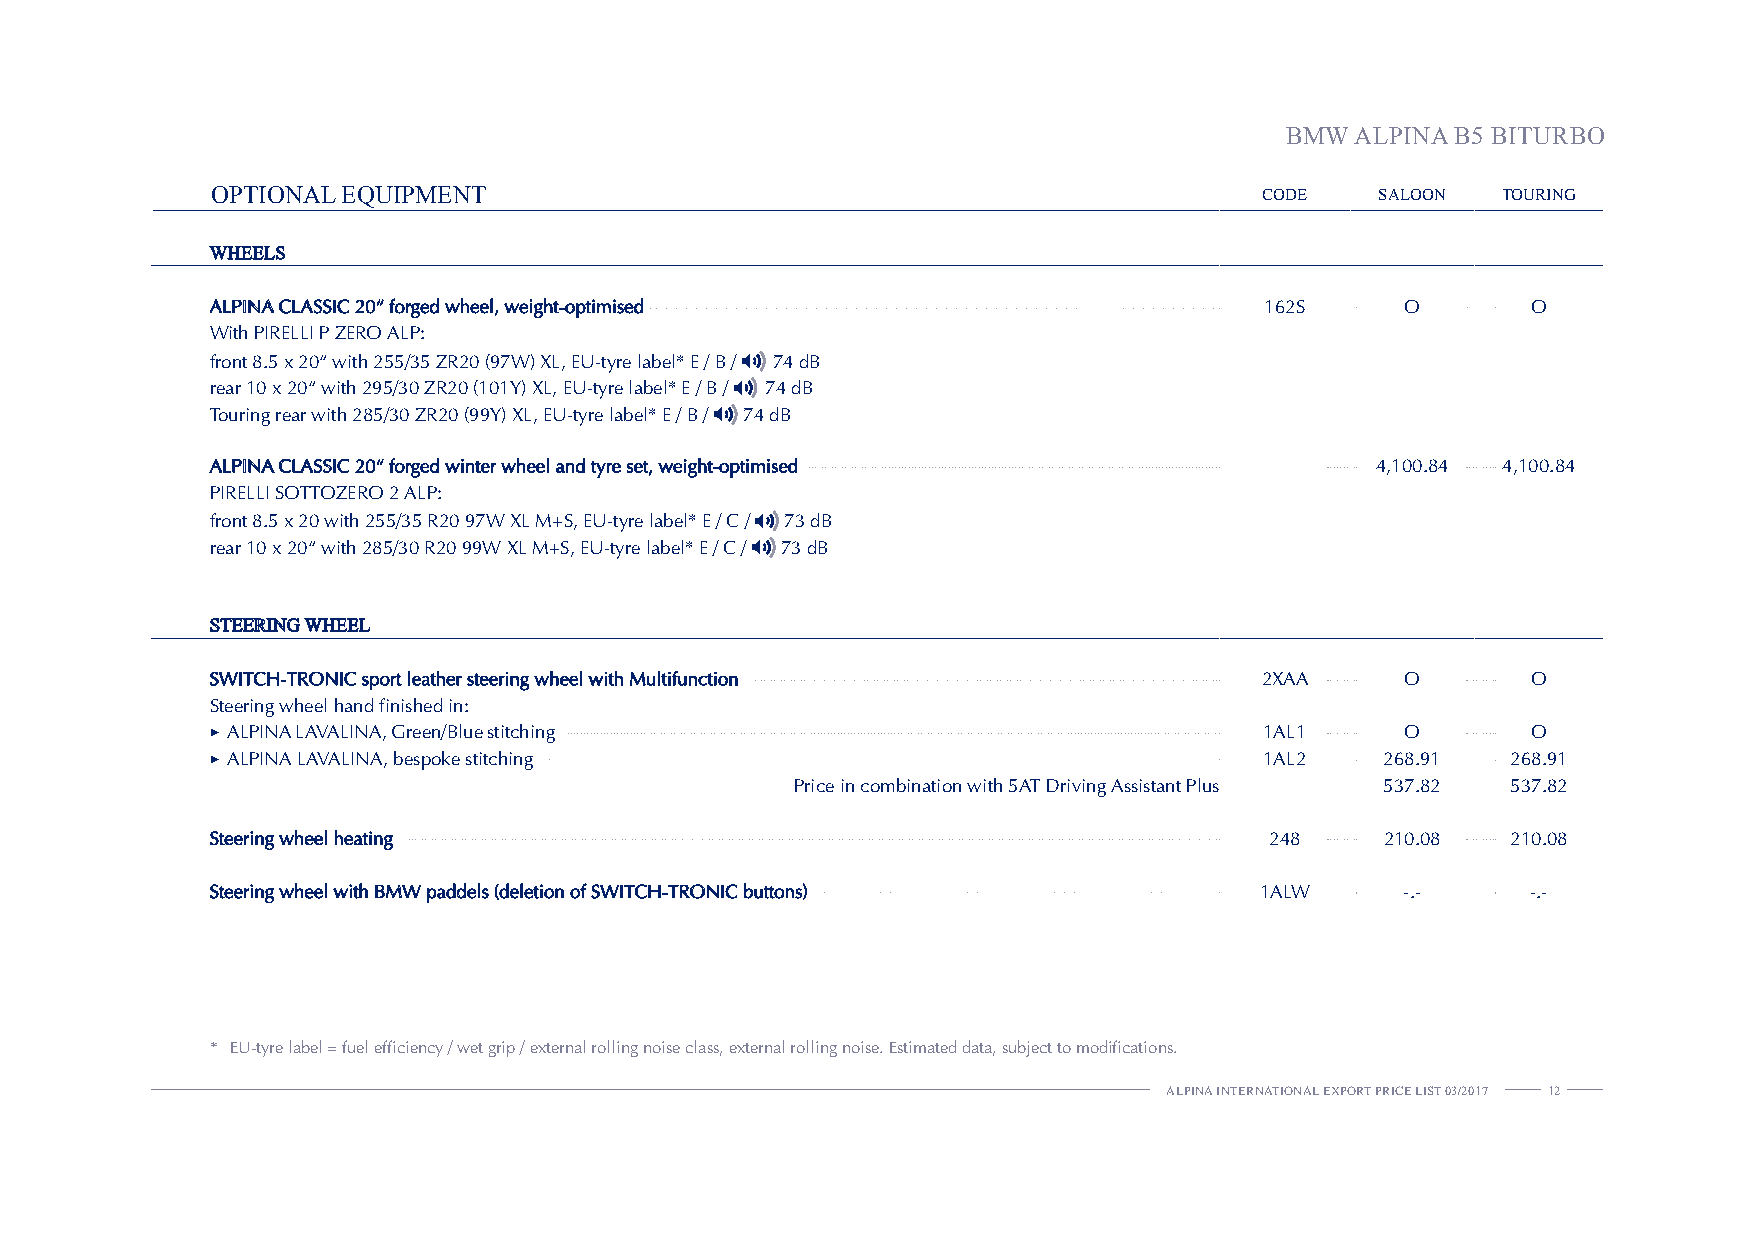
BMW  ALPINA B5 BITURBO
 OPTIONAL EQUIPMENT                                                    CODE   SALOON  TOURING
 WHEELS
 ALPINA CLASSIC 20“ forged wheel, weight-optimised                     162S     O       O
 With PIRELLI P ZERO ALP:
 front 8.5 x 20“ with 255/35 ZR20 (97W) XL, EU-tyre label* E / B / 74 dB
 rear 10 x 20“ with 295/30 ZR20 (101Y) XL, EU-tyre label* E / B / 74 dB
 Touring rear with 285/30 ZR20 (99Y) XL, EU-tyre label* E / B / 74 dB
 ALPINA CLASSIC 20“ forged winter wheel and tyre set, weight-optimised        4,100.84 4,100.84
 PIRELLI SOTTOZERO 2 ALP:
 front 8.5 x 20 with 255/35 R20 97W XL M+S, EU-tyre label* E / C / 73 dB
 rear 10 x 20“ with 285/30 R20 99W XL M+S, EU-tyre label* E / C / 73 dB
 STEERING WHEEL
 SWITCH-TRONIC sport leather steering wheel with Multifunction         2XAA     O       O
 Steering wheel hand finished in:
 ► ALPINA LAVALINA, Green/Blue stitching                               1AL1     O       O
 ► ALPINA LAVALINA, bespoke stitching                                  1AL2    268.91  268.91
 Price in combination with 5AT Driving Assistant Plus 537.82 537.82
 Steering wheel heating                                                248     210.08  210.08
 Steering wheel with BMW paddels (deletion of SWITCH-TRONIC buttons)  1ALW      -.-     -.-
 * EU-tyre label = fuel efficiency / wet grip / external rolling noise class, external rolling noise. Estimated data, subject to modifications.
 ALPINA INTERNATIONAL EXPORT PRICE LIST 03/2017 12